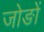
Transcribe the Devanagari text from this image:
जोङों